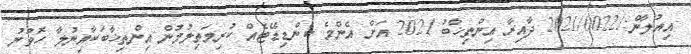
އިއުލާން:/2021/0022 ދާއިރާ އިންތިޚާބު 2021 އަށް އެންމެ ކެންޑިޑޭޓެއް ކުރިމަތިލުމުން އިންތިޚާބަކާއިނުލާ ހޮވުނު